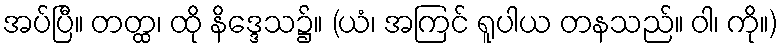
အပ်ပြီ။ တတ္ထ၊ ထို နိဒ္ဒေသ၌။ (ယံ၊ အကြင် ရူပါယ တနသည်။ ဝါ၊ ကို။)